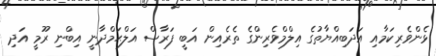
ޅެންވެރިކަމާއި އަދަބިއްޔާތުގެ އިލްމްވެރިންގެ ތެރެއިން އަބީ ފަރާސް އަލްޙަމްދާނީ އިބްނި ރޫމީ އަދި